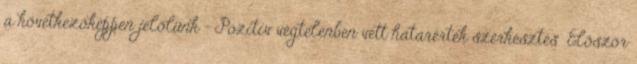
a következőképpen jelölünk – Pozitív végtelenben vett határérték szerkesztés Először